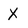
Character: X